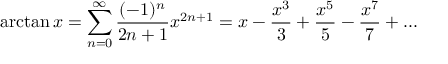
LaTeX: \arctan x = \sum _ { n = 0 } ^ { \infty } { \frac { ( - 1 ) ^ { n } } { 2 n + 1 } } x ^ { 2 n + 1 } = x - { \frac { x ^ { 3 } } { 3 } } + { \frac { x ^ { 5 } } { 5 } } - { \frac { x ^ { 7 } } { 7 } } + . . .